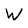
Character: W